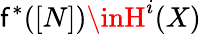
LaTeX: \mathsf{f}^{*}([N])\inH^{i}(X)